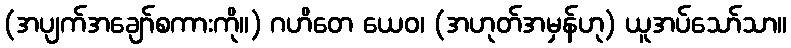
(အပျက်အချော်စကားကို။) ဂဟိတေ ယေဝ၊ (အဟုတ်အမှန်ဟု) ယူအပ်သော်သာ။